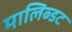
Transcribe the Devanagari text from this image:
मालिब्डट